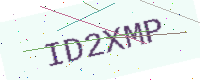
Text: ID2XMP